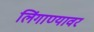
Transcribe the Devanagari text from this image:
लिंगाण्यावर